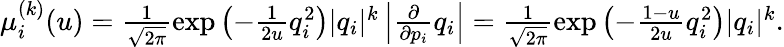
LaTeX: \begin{array}{r}{\mu_{i}^{(k)}(u)=\frac{1}{\sqrt{2\pi}}\exp\left(-\frac{1}{2u}q_{i}^{2}\right)|q_{i}|^{k}\left|\frac{\partial}{\partial p_{i}}q_{i}\right|=\frac{1}{\sqrt{2\pi}}\exp\left(-\frac{1-u}{2u}q_{i}^{2}\right)|q_{i}|^{k}.}\end{array}